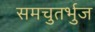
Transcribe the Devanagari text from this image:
समचुतर्भुज